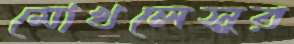
মোখলেসুর